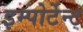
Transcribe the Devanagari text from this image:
इम्पोर्टेन्ट